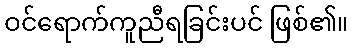
ဝင်ရောက်ကူညီရခြင်းပင် ဖြစ်၏။